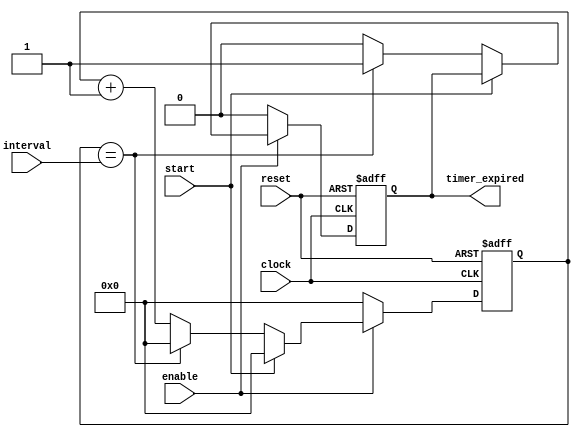
module Interval_Timer (
  input wire clock,
  input wire reset,
  input wire enable,
  input wire start,
  input wire [31:0] interval,
  output reg timer_expired
);

reg [31:0] count;

always @(posedge clock or posedge reset) begin
  if (reset) begin
    count <= 0;
    timer_expired <= 0;
  end else if (enable) begin
    if (start) begin
      count <= 0;
    end else begin
      if (count == interval) begin
        count <= 0;
        timer_expired <= 1;
      end else begin
        count <= count + 1;
        timer_expired <= 0;
      end
    end
  end else begin
    count <= 0;
    timer_expired <= 0;
  end
end

endmodule